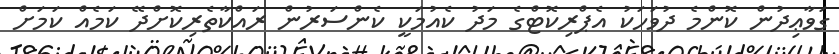
ގަވާޢިދުން ކޮންމެ ދުވަހަކު އެޕްރިކޮޓްގެ މަދު ކެއުމަކީ ކެންސަރުން ރައްކާތެރިކޮށްދޭ ކަމެއް ކަމަށް